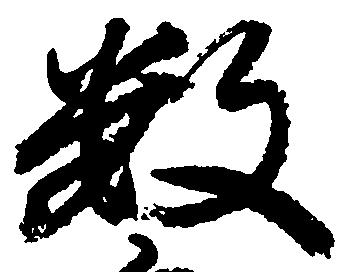
数